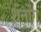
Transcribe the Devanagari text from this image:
शेनोंग